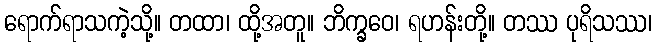
ရောက်ရာသကဲ့သို့။ တထာ၊ ထို့အတူ။ ဘိက္ခဝေ၊ ရဟန်းတို့။ တဿ ပုရိသဿ၊